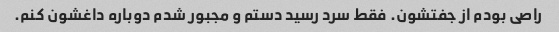
راصی بودم از جفتشون. فقط سرد رسید دستم و مجبور شدم دوباره داغشون کنم.